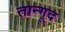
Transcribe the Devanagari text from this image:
तान्गूद